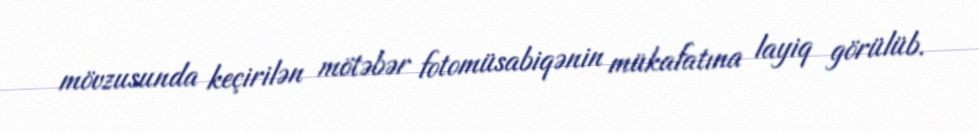
mövzusunda keçirilən mötəbər fotomüsabiqənin mükafatına layiq görülüb.